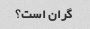
گران است؟